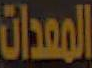
المعدات